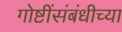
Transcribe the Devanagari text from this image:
गोष्टींसंबंधीच्या